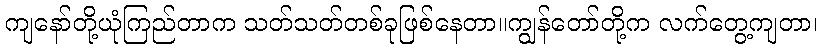
ကျနော်တို့ယုံကြည်တာက သတ်သတ်တစ်ခုဖြစ်နေတာ။ကျွန်တော်တို့က လက်တွေ့ကျတာ၊